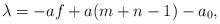
LaTeX: \begin{align*}\lambda=-af+a(m+n-1)-a_{0}, \end{align*}